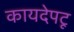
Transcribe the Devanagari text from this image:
कायदेपटू